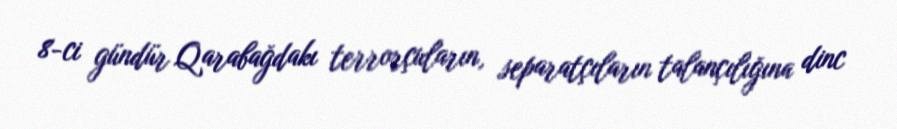
8-ci gündür Qarabağdakı terrorçuların, separatçıların talançılığına dinc